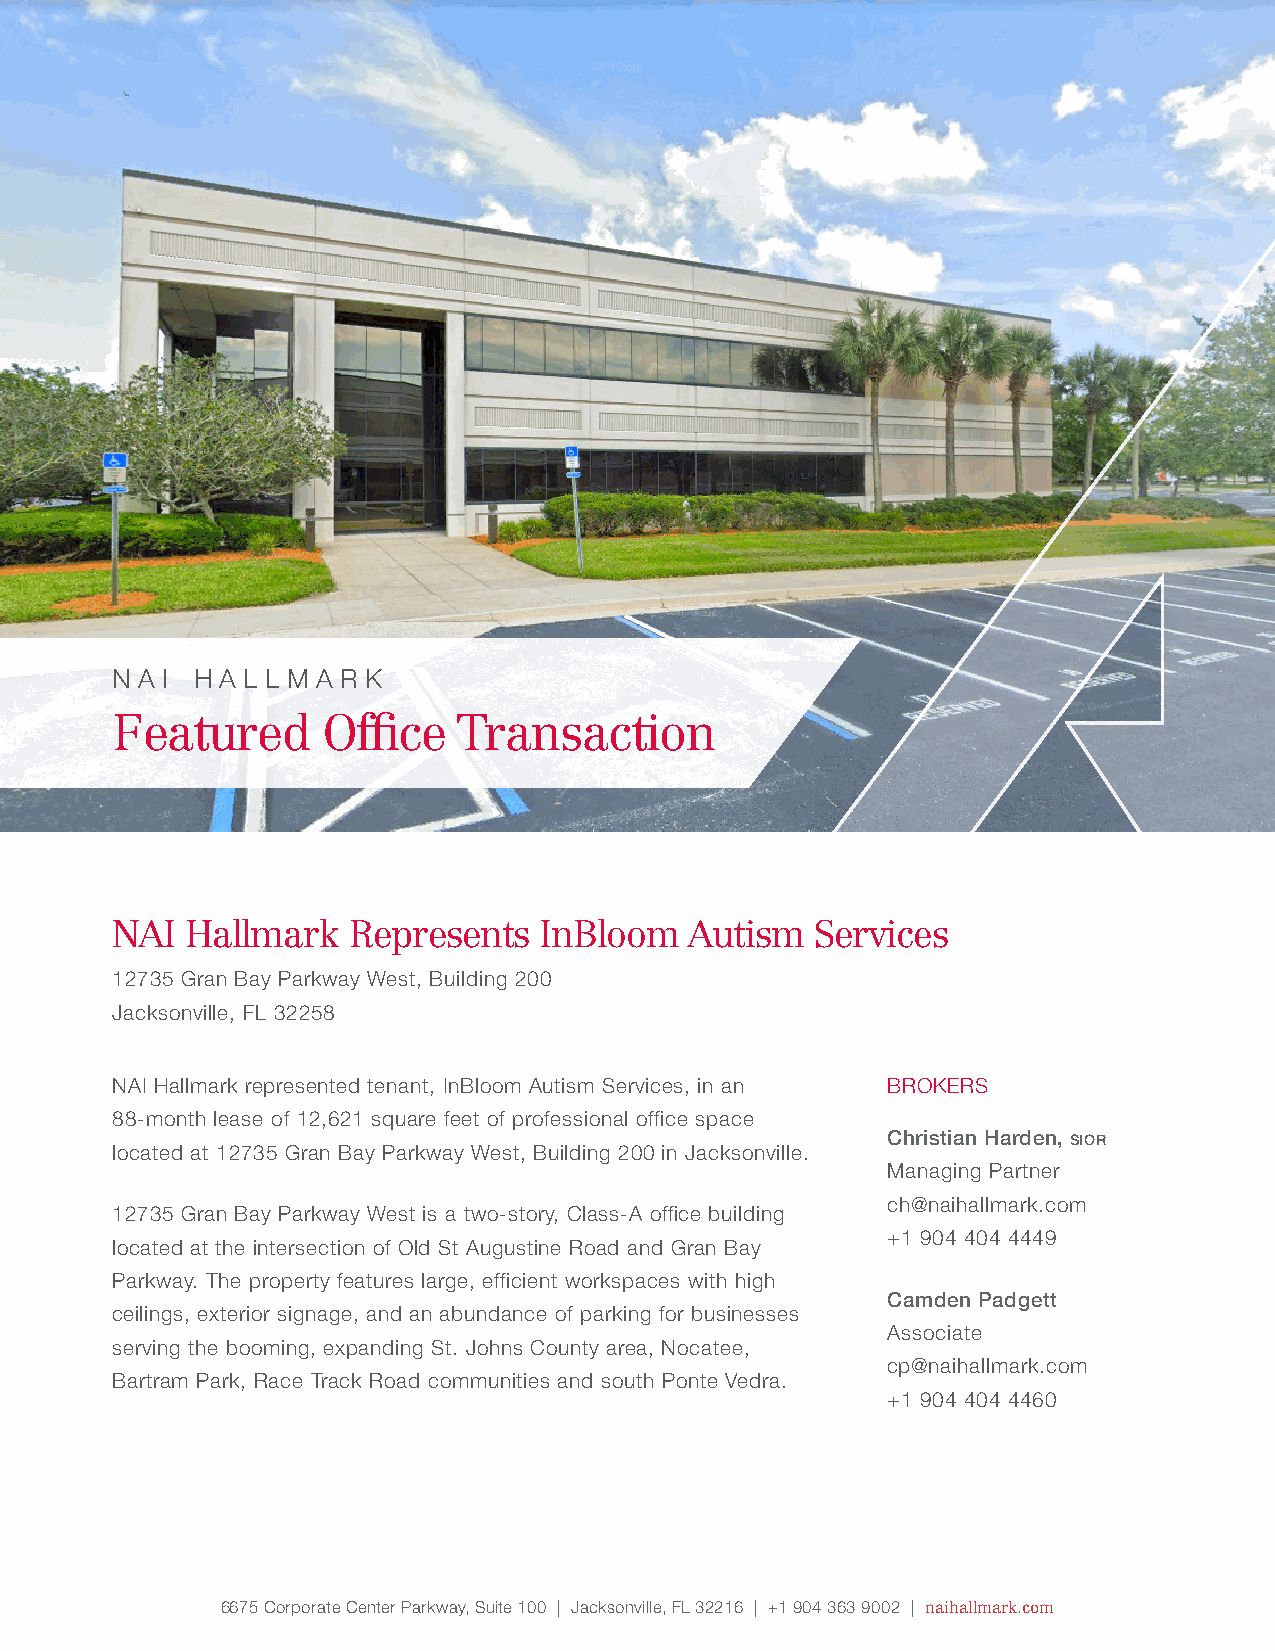
q 2 2021   j a c k s o n v i l l e
 Office   Market      Report
 n a i h a l l m a r k
 Featured      Office   Transaction
 NAI  Hallmark   Represents   InBloom  Autism   Services
 12735 Gran Bay Parkway West, Building 200
 Jacksonville, FL 32258
 NAI Hallmark represented tenant, InBloom Autism Services, in an BROKERS
 88-month lease of 12,621 square feet of professional office space
 Christian Harden, sior
 located at 12735 Gran Bay Parkway West, Building 200 in Jacksonville.
 Managing Partner
 ch@naihallmark.com
 12735 Gran Bay Parkway West is a two-story, Class-A office building
 +1 904 404 4449
 located at the intersection of Old St Augustine Road and Gran Bay
 Parkway. The property features large, efficient workspaces with high
 Camden Padgett
 ceilings, exterior signage, and an abundance of parking for businesses
 Associate
 serving the booming, expanding St. Johns County area, Nocatee,
 cp@naihallmark.com
 Bartram Park, Race Track Road communities and south Ponte Vedra.
 +1 904 404 4460
 6675 Corporate Center Parkway, Suite 100 | Jacksonville, FL 32216 | +1 904 363 9002 | naihallmark.com